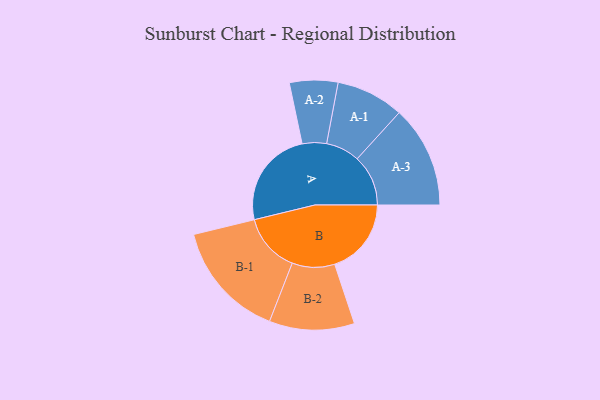
{"axis": {"x": "Segment", "y": "Value"}, "legend": ["", "A", "B"], "data": [{"x": "A", "y": 487, "type": ""}, {"x": "B", "y": 380, "type": ""}, {"x": "A-1", "y": 168, "type": "A"}, {"x": "A-2", "y": 120, "type": "A"}, {"x": "A-3", "y": 253, "type": "A"}, {"x": "B-1", "y": 292, "type": "B"}, {"x": "B-2", "y": 211, "type": "B"}]}